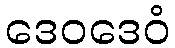
ဒေဝဒေဝံ